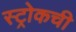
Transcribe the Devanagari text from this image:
स्ट्रोकची